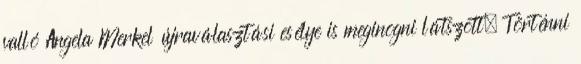
valló Angela Merkel újraválasztási esélye is meginogni látszott. Történni